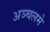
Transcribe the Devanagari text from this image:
अञ्चलमे